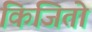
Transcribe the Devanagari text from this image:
किजितो